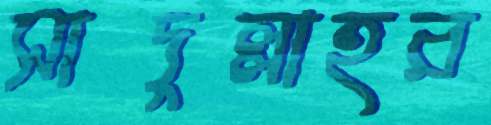
সাদুল্লাহর